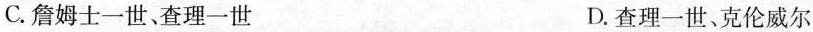
C.詹姆士一世、查理一世 D.查理一世、克伦威尔